Indian journal of veterinary science and animal husbandry - Volumes 15-17, 1948-1951
Year: 1948
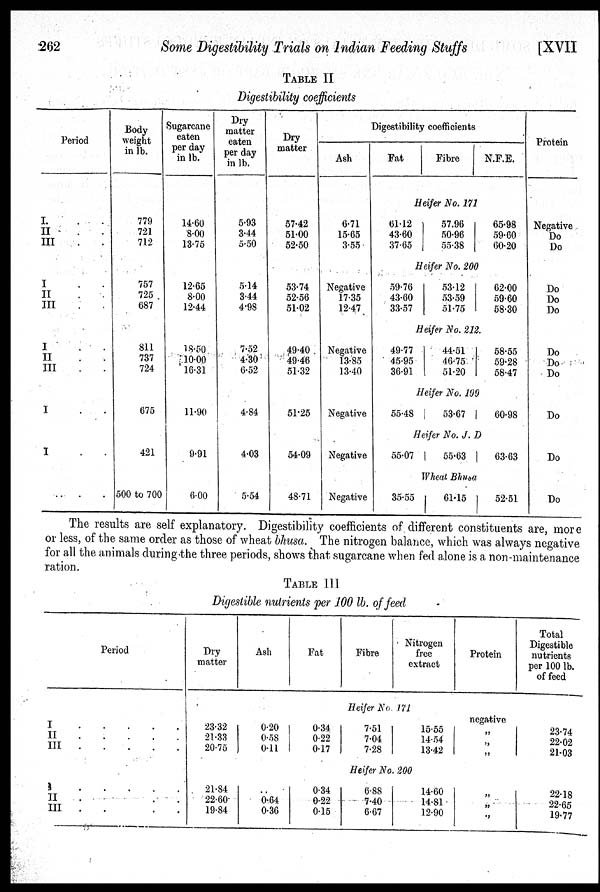
262
Some Digestibility Trials on Indian Feeding Stuffs
[XVII
TABLE II
Digestibility coefficients
Period
I. . .
II . .
III . .
I . .
II . .
III . .
I . .
II . .
III . .
I . .
I . .
. . . .
Body
weight
in lb.
779
721
712
757
725
687
811
737
724
675
421
500 to 700
Sugarcane
eaten
per day
in lb.
14.60
8.00
13.75
12.65
8.00
12.44
18.50
10.00
16.31
11.90
9.91
6.00
Dry
matter
eaten
per day
in lb.
5.93
3.44
5.50
5.14
3.44
4.98
7.52
4.30
6.52
4.84
4.03
5.54
Dry
matter
57.42
51.00
52.50
53.74
52.56
51.02
49.40
49.46
51.32
51.25
54.09
48.71
Digestibility coefficients
Ash
6.71
15.65
3.55
Negative
17.35
12.4.7
Negative
13.85
13.40
Negative
Negative
Negative
Fat
Fibre
N.F.E.
Heifer No. 171
61.12
43.60
37.65
57.96
50.96
55.38
65.98
59.60
60.20
Heifer No. 200
59.76
43.60
33.57
53.12
53.59
51.75
62.00
59.60
58.30
Heifer No. 212.
49.77
45.95
36.91
44.51
46.75
51.20
58.55
59.28
58.47
Heifer No. 199
55.48
53.67
60.98
Heifer No. J. D
55.07
55.63
63.63
Wheal Bhusa
35.55
61.15
52.51
Protein
Negative
Do
Do
Do
Do
Do
Do
Do
Do
Do
Do
Do
The results are self explanatory. Digestibility coefficients of different constituents are, more
or less, of the same order as those of wheat bhusa. The nitrogen balance, which was always negative
for all the animals during the three periods, shows that sugarcane when fed alone is a non.maintenance
ration.
TABLE III
Digestible nutrients per 100 lb. of feed
Period
I . . . . .
II . . . . .
III . . . . .
I . . . . .
II . . . . .
III . . . . .
Dry
matter
Ash
Fat
Fibre
Nitrogen
free
extract
Protein
Total
Digestible
nutrients
per 100 lb.
of feed
Heifer No. 171
23.32
21.33
20.75
0.20
0.58
0.11
0.34
0.22
0.17
7.51
7.04
7.28
15.55
14.54
13.42
negative
„
„
„
23.74
22.02
21.03
Heifer No. 200
21.84
22.60
19.84
..
0.64
0.36
0.34
0.22
0.15
6.88
7.40
6.67
14.60
14.81
12.90
„
„
„
22.18
22.65
19.77